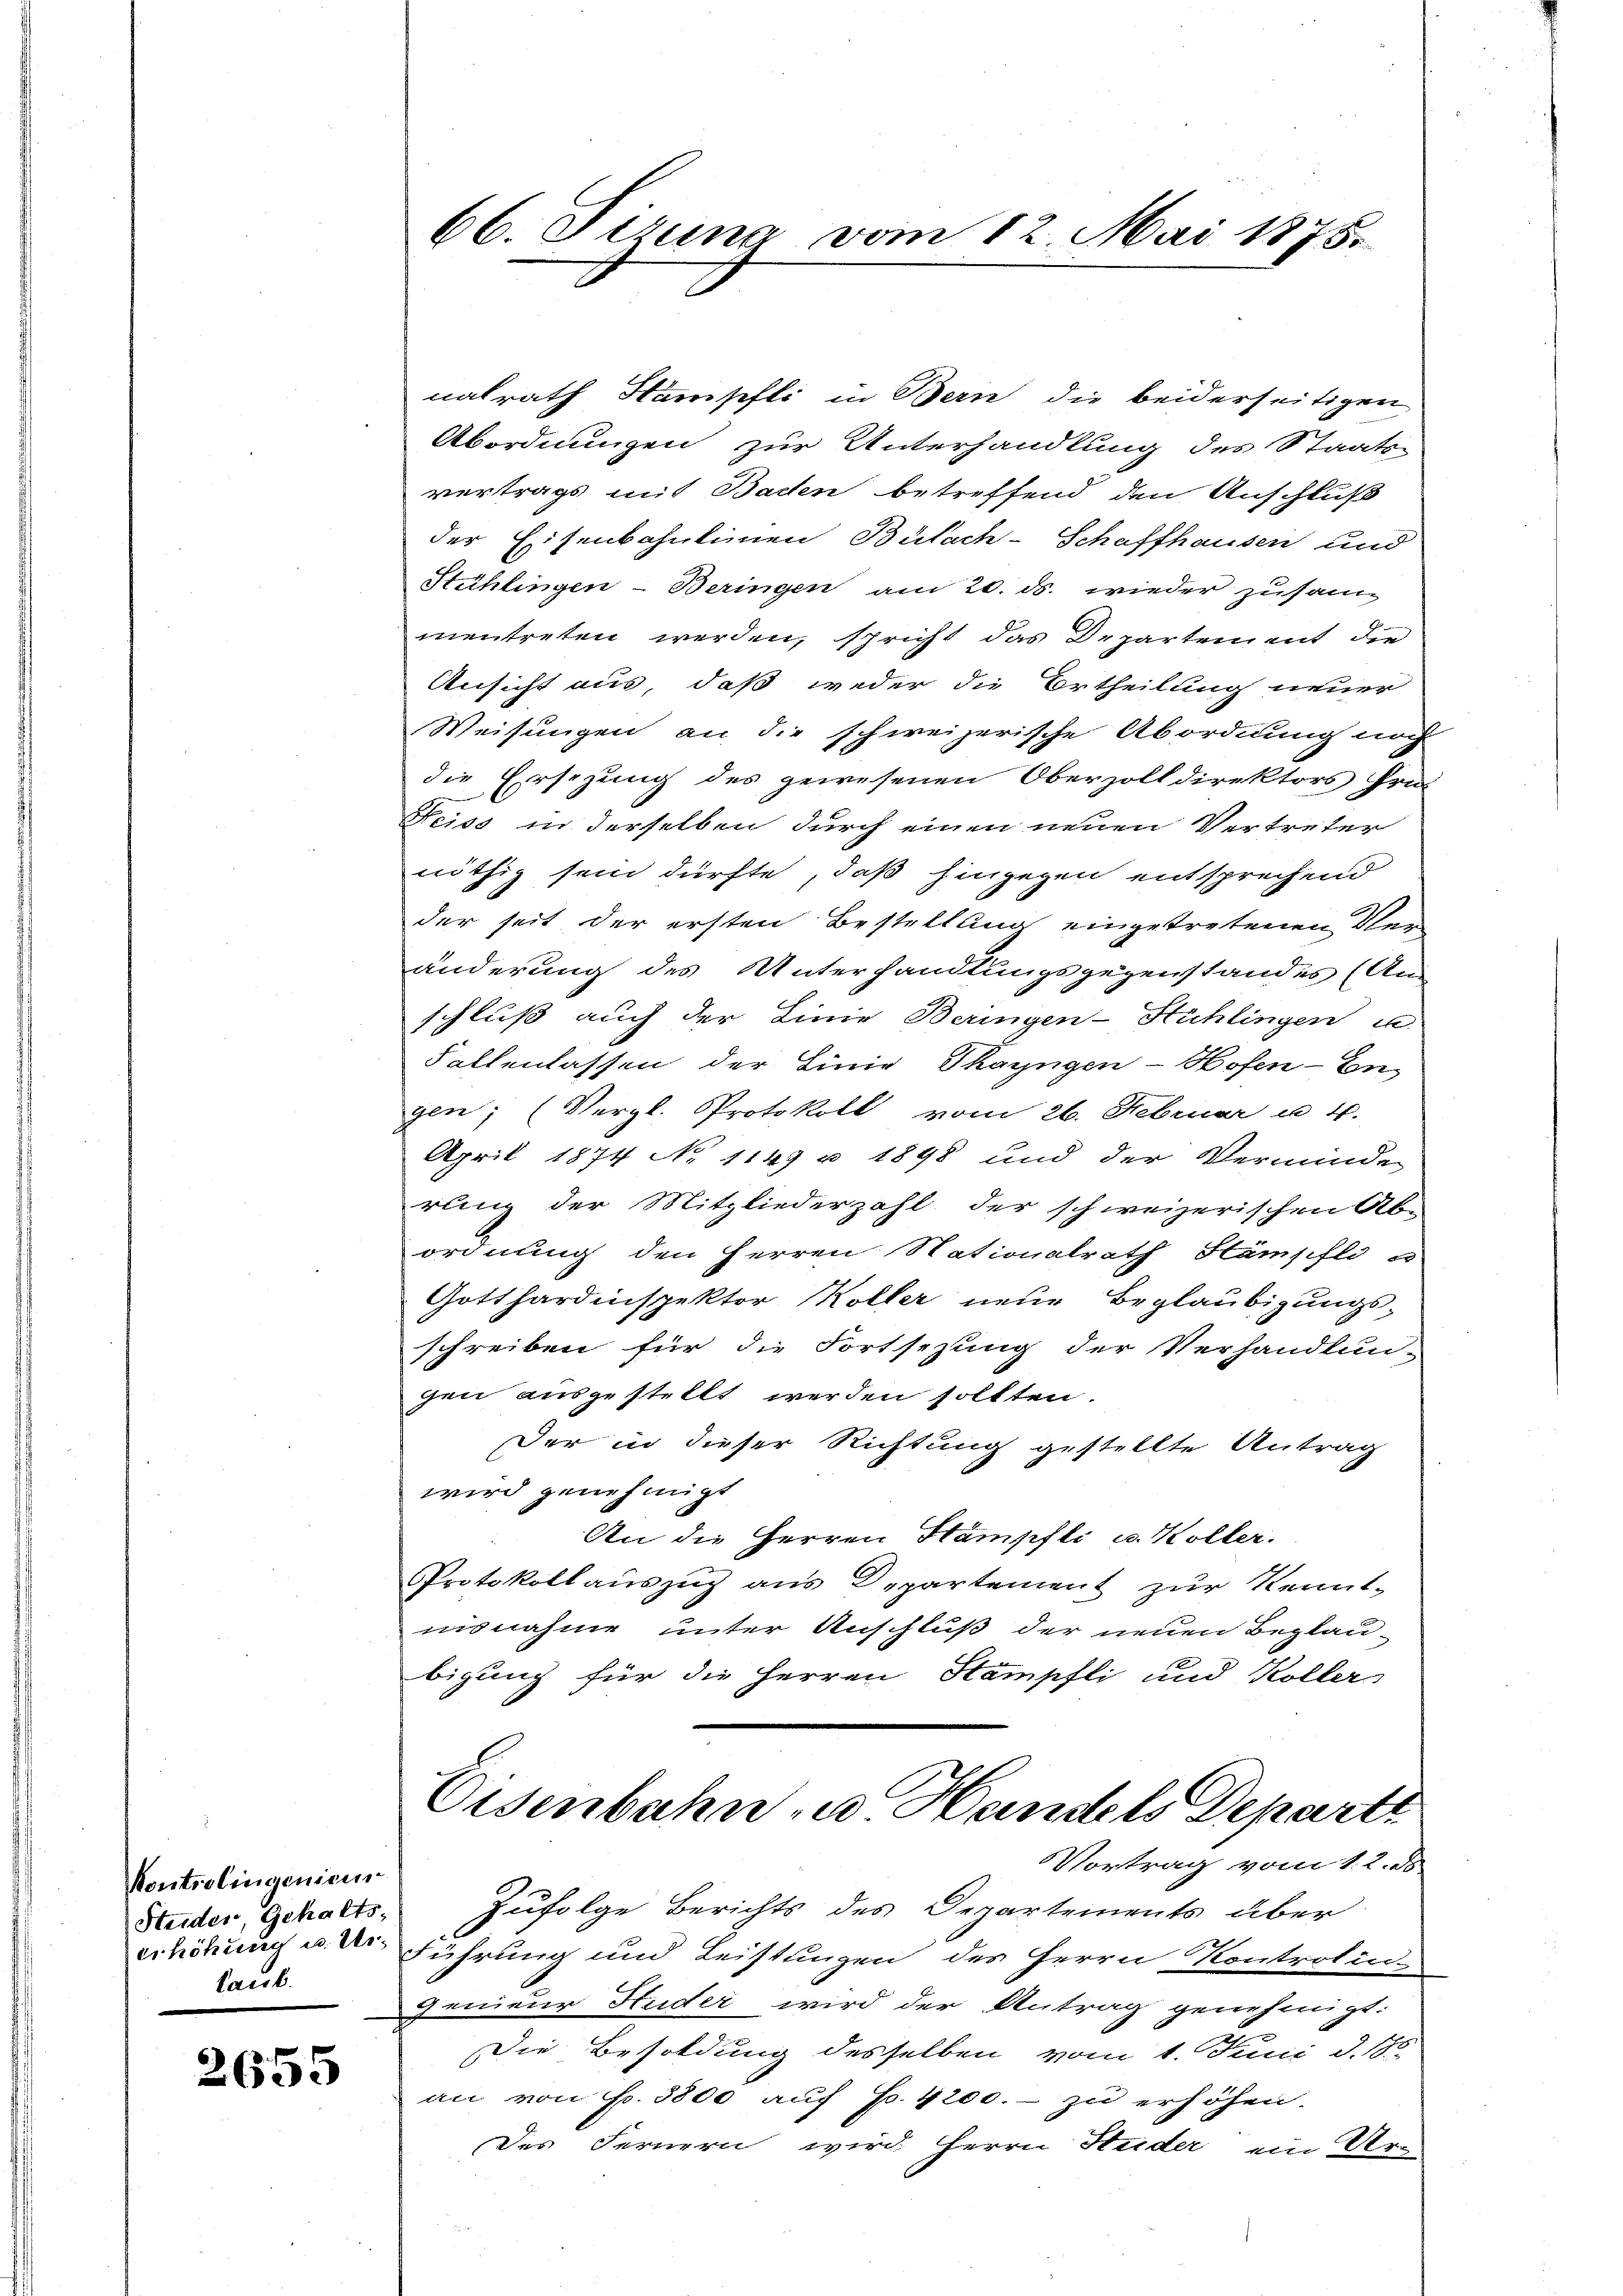
Kontrolingenien
Steider, Gehalts-
erhöhung u. Unlaub.

2655

66. Sizung vom 12. Mai 1875.

nalrath Stämpfli in Bern die beiderseitigen
Abordnungen zur Unterhandlung des Staats-
vertrags mit Baden betreffend den Anschluß
der Eisenbahnlinien Bülach-Schaffhausen und
Stühlingen - Beringen am 20. ds. wieder zusam
mentreten werden, spricht das Departement die
Ansicht aus, daß weder die Ertheilung neuer
Weisungen an die schweizerische Abordnung noch
die Ersezung des gewesenen Oberzolldirektors Fri
Feiss in derselben durch einen neuen Vertreter
nöthig sein dürfte, daß hingegen entsprechend
der seit der ersten Bestellung eingetretenen Ver-
änderung des Unterhandlungsgegenstandes (An-
schluß auch der Linie Beringen-Hühlingen u
Fallenlassen der Linie Thayngen-Hofen-En
gen; (Vergl. Protokoll vom 26. Februar u. 4.
April 1874 No 1149 u 1898 und der Verminde
rung der Mitgliederzahl der schweizerischen Ab-
ordnung den Herren Nationalrath Stämpfli u
Gotthardinspektor Koller neue Beglaubigungsschreiben für die Fortsezung der Verhandlun-
gen ausgestellt werden sollten.
Der in dieser Richtung gestellte Antrag
wird genehmigt
An die Herren Hämpfli u. Koller.
Protokollauszug aus Departement zur Kennt-
nisnahme unter Anschluß der neuen Beglaubigung für die Herren Stampfli und Koller
Eisenbahn u Handels Departi
VVortrag vom 1. 2. ds
Zufolge Berichts des Departements über
Führung und Leistungen des Herrn Kontrolin-
genieur Huder wird der Antrag genehmigt:
Die Besoldung desselben vom 1. Juni d. 1
an von Fr. 3800 auf Fr. 4200.- zu erhöhen.
Des Fernern wird Herrn Huder ein Ur-